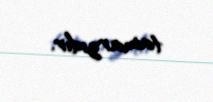
tamarzıdır.